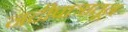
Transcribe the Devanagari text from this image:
नदीपात्रातून